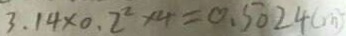
3 . 1 4 \times 0 . 2 ^ { 2 } \times 4 = 0 . 5 0 2 4 ( m ^ { 2 } )